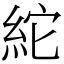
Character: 紽